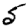
Digit: 5